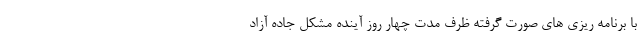
با برنامه ریزی های صورت گرفته ظرف مدت چهار روز آینده مشکل جاده آزاد